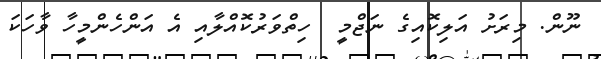
ނޫން. މިރަށު އަލިކޮއިގެ ނަޖްމީ  ހިތްވަރުކޮއްލާއި އެ އަންހެންމީހާ ވާހަކަ